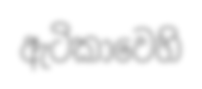
ඇටිකාවෙහි